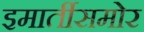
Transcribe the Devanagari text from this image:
इमार्तीसमोर